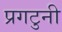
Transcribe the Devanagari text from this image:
प्रगटुनी